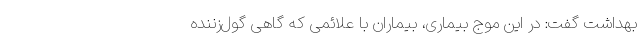
بهداشت گفت: در این موج بیماری، بیماران با علائمی که گاهی گول‌زننده